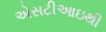
એસટીઆઇથી